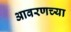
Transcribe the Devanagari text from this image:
आवरणच्या